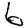
Digit: 6